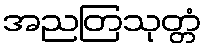
အညတြသုတ္တံ